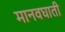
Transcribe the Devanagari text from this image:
मानवघाती